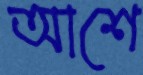
আশে